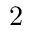
2